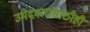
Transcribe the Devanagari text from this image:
उमेदवारांसाठीही